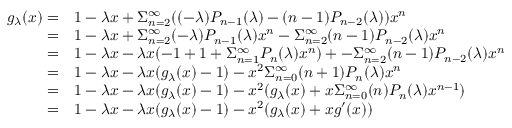
\begin{array} { r l } { g _ { \lambda } ( x ) = } & { 1 - \lambda x + \Sigma _ { n = 2 } ^ { \infty } ( ( - \lambda ) P _ { n - 1 } ( \lambda ) - ( n - 1 ) P _ { n - 2 } ( \lambda ) ) x ^ { n } } \\ { = } & { 1 - \lambda x + \Sigma _ { n = 2 } ^ { \infty } ( - \lambda ) P _ { n - 1 } ( \lambda ) x ^ { n } - \Sigma _ { n = 2 } ^ { \infty } ( n - 1 ) P _ { n - 2 } ( \lambda ) x ^ { n } } \\ { = } & { 1 - \lambda x - \lambda x ( - 1 + 1 + \Sigma _ { n = 1 } ^ { \infty } P _ { n } ( \lambda ) x ^ { n } ) + - \Sigma _ { n = 2 } ^ { \infty } ( n - 1 ) P _ { n - 2 } ( \lambda ) x ^ { n } } \\ { = } & { 1 - \lambda x - \lambda x ( g _ { \lambda } ( x ) - 1 ) - x ^ { 2 } \Sigma _ { n = 0 } ^ { \infty } ( n + 1 ) P _ { n } ( \lambda ) x ^ { n } } \\ { = } & { 1 - \lambda x - \lambda x ( g _ { \lambda } ( x ) - 1 ) - x ^ { 2 } ( g _ { \lambda } ( x ) + x \Sigma _ { n = 0 } ^ { \infty } ( n ) P _ { n } ( \lambda ) x ^ { n - 1 } ) } \\ { = } & { 1 - \lambda x - \lambda x ( g _ { \lambda } ( x ) - 1 ) - x ^ { 2 } ( g _ { \lambda } ( x ) + x g ^ { \prime } ( x ) ) } \end{array}